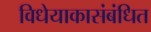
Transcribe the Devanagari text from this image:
विधेयाकासंबंधित